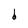
Character: d